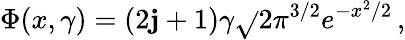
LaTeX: \Phi(x,\gamma)=(2\mathbf{j}+1)\gamma\sqrt{}{{2}}\pi^{3/2}e^{-x^{2}/2}\, ,